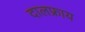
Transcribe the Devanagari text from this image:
दालफ्राय